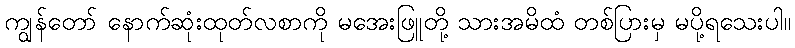
ကျွန်တော် နောက်ဆုံးထုတ်လစာကို မအေးဖြူတို့ သားအမိထံ တစ်ပြားမှ မပို့ရသေးပါ။